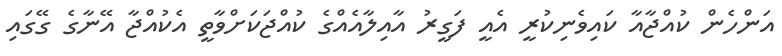
އަންހެން ކުއްޖާއާ ކައިވެނިކުރީ އެއީ ފަގީރު އާއިލާއެއްގެ ކުއްޖަކަށްވާތީ އެކުއްޖާ އޭނާގެ ގޭގައި